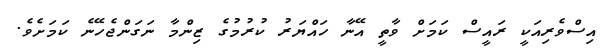
އިސްވެރިއަކީ ރައީސް ކަމަށް ވާތީ އޭނާ ހައްޔަރު ކުރުމުގެ ޒިންމާ ނަގަންޖެހޭނެ ކަމަށެވެ.